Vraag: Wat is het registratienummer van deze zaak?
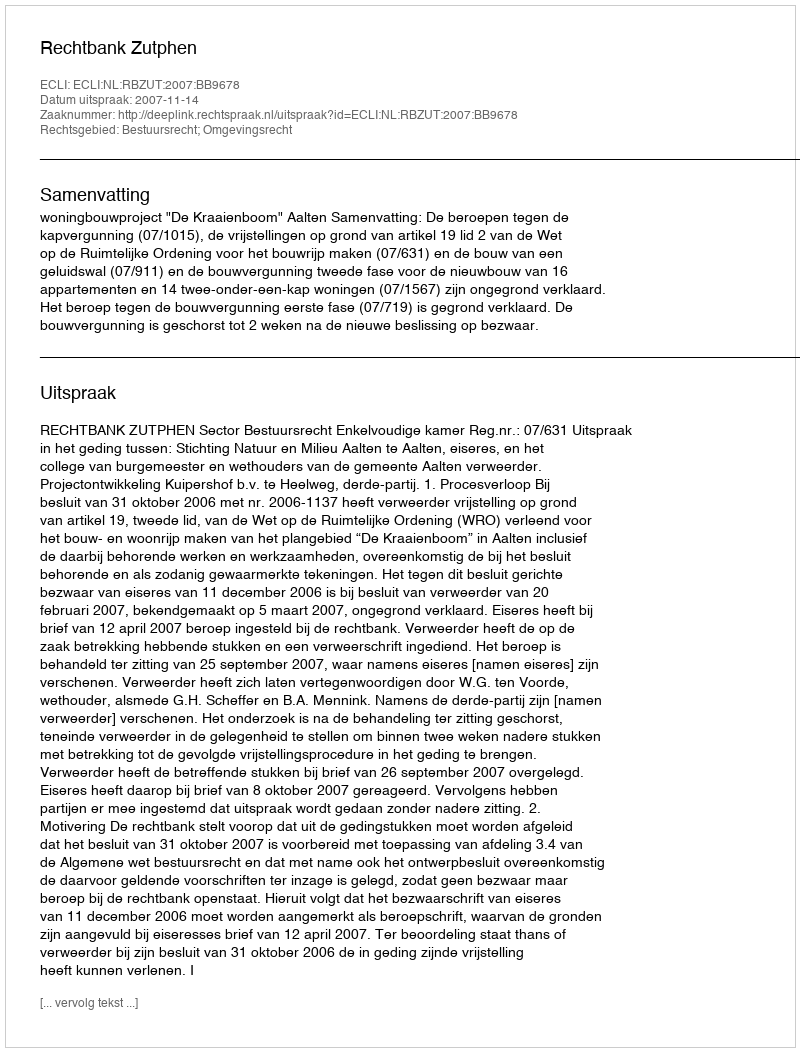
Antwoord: http://deeplink.rechtspraak.nl/uitspraak?id=ECLI:NL:RBZUT:2007:BB9678